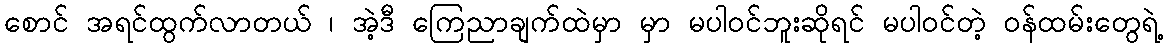
စောင် အရင်ထွက်လာတယ် ၊ အဲ့ဒီ ကြေညာချက်ထဲမှာ မှာ မပါဝင်ဘူးဆိုရင် မပါဝင်တဲ့ ဝန်ထမ်းတွေရဲ့